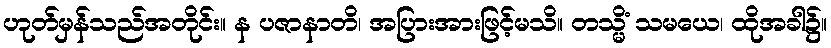
ဟုတ်မှန်သည်အတိုင်း။ န ပဇာနာတိ၊ အပြားအားဖြင့်မသိ။ တသ္မိံ သမယေ၊ ထိုအခါ၌။